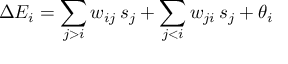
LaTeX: \Delta E _ { i } = \sum _ { j > i } w _ { i j } \, s _ { j } + \sum _ { j < i } w _ { j i } \, s _ { j } + \theta _ { i }